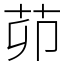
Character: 茆